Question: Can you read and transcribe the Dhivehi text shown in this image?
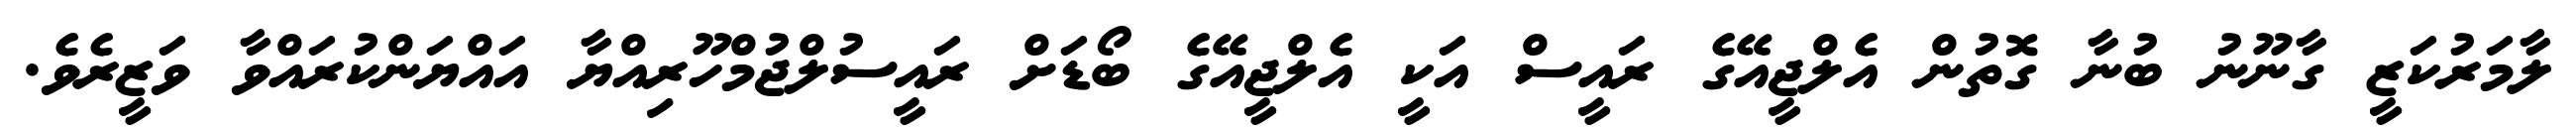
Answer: ލާމަރުކަޒީ ގާނޫނު ބުނާ ގޮތުން އެލްޖީއޭގެ ރައީސް އަކީ އެލްޖީއޭގެ ބޯޑަށް ރައީސުލްޖުމްހޫރިއްޔާ އައްޔަންކުރައްވާ ވަޒީރެވެ.